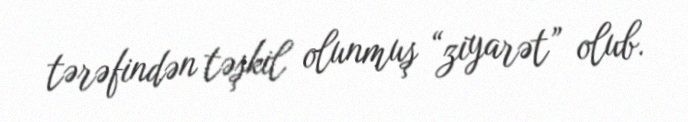
tərəfindən təşkil olunmuş “ziyarət” olub.